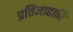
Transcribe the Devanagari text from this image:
प्रतिज्ञाहानि